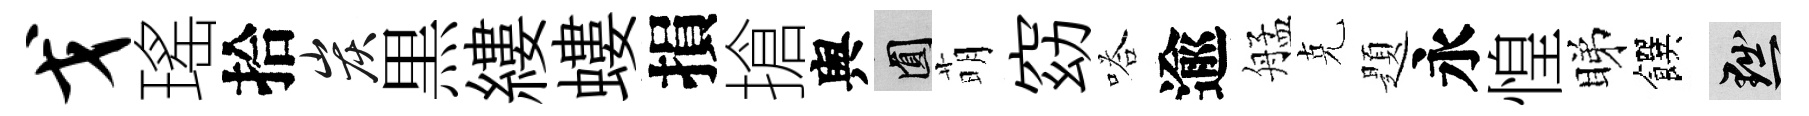
戈瑤拾炭黒縷螻損搶舆圓萌窈嗒逾艋克題永惶睇饌黜